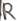
Text: R